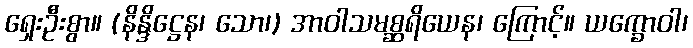
ရှေးဦးစွာ။ (နိန္ဒိဋ္ဌေန၊ သော၊) အာဝါသမစ္ဆရိယေန၊ ကြောင့်။ ယက္ခောဝါ၊